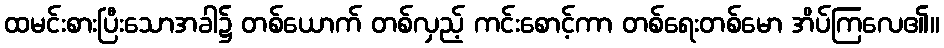
ထမင်းစားပြီးသောအခါ၌ တစ်ယောက် တစ်လှည့် ကင်းစောင့်ကာ တစ်ရေးတစ်မော အိပ်ကြလေ၏။